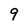
Character: 9